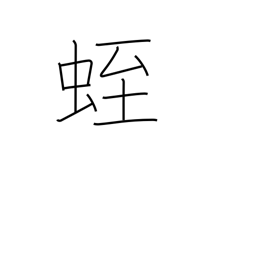
Meaning: leech